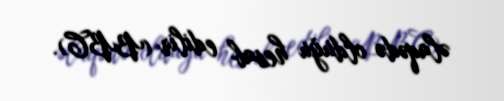
əlaqədə olduğu hesab edilir (BBC).